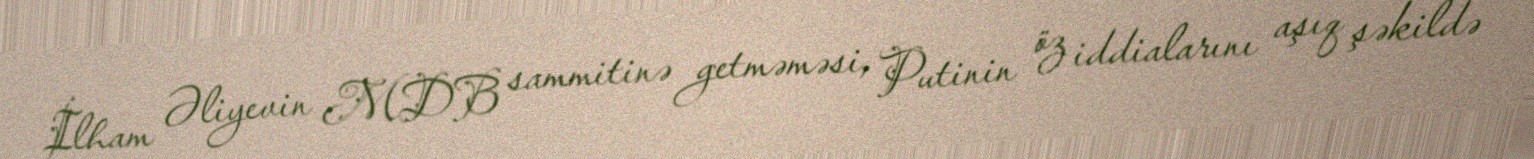
İlham Əliyevin MDB sammitinə getməməsi, Putinin öz iddialarını aşıq şəkildə